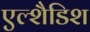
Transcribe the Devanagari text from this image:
एल्शैडिश